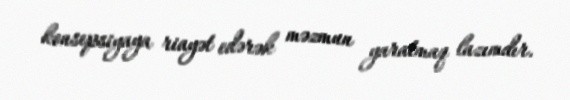
konsepsiyaya riayət edərək məzmun yaratmaq lazımdır.